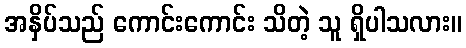
အနှိပ်သည် ကောင်းကောင်း သိတဲ့ သူ ရှိပါသလား။